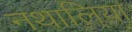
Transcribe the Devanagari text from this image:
नथालिया